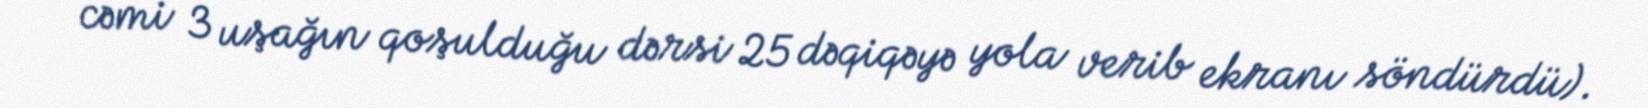
cəmi 3 uşağın qoşulduğu dərsi 25 dəqiqəyə yola verib ekranı söndürdü).